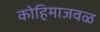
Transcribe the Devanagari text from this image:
कोहिमाजवळ